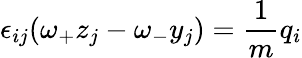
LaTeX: \epsilon_{ij}(\omega_{+}z_{j}-\omega_{-}y_{j})=\frac{1}{m}q_{i}